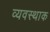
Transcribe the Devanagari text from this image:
व्यवस्थाक